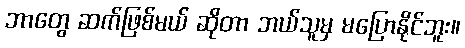
ဘာတွေ ဆက်ဖြစ်မယ် ဆိုတာ ဘယ်သူမှ မပြောနိုင်ဘူး။